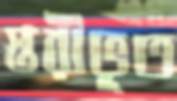
স্তরীভূত